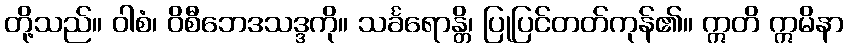
တို့သည်။ ဝါစံ၊ ဝိစီဘေဒသဒ္ဒကို။ သင်္ခရောန္တိ၊ ပြုပြင်တတ်ကုန်၏။ ဣတိ ဣမိနာ